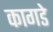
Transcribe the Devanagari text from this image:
कागडे